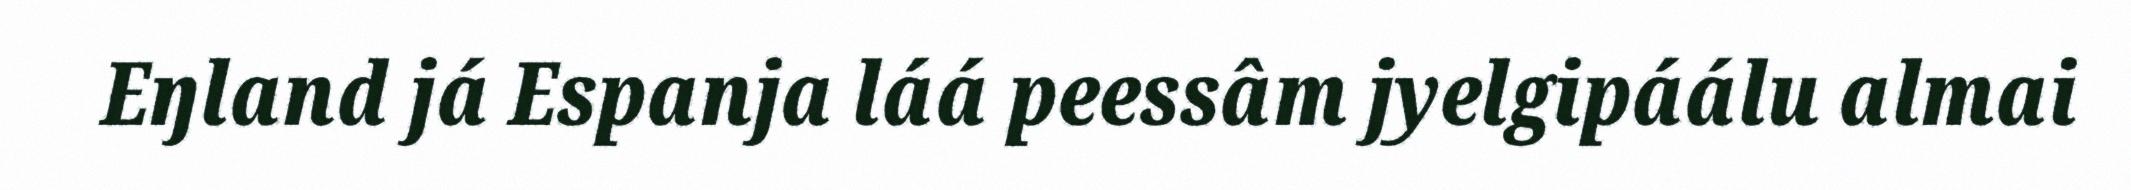
Eŋland já Espanja láá peessâm jyelgipáálu almai